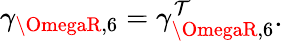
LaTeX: \gamma_{\OmegaR,6}=\gamma_{\OmegaR,6}^{\mathcal{T}}.